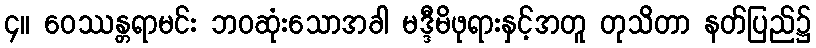
၄။ ဝေဿန္တရာမင်း ဘဝဆုံးသောအခါ မဒ္ဒီမိဖုရားနှင့်အတူ တုသိတာ နတ်ပြည်၌